Vaccination in Bombay 1874-1876 - 1874-1876
Year: 1874
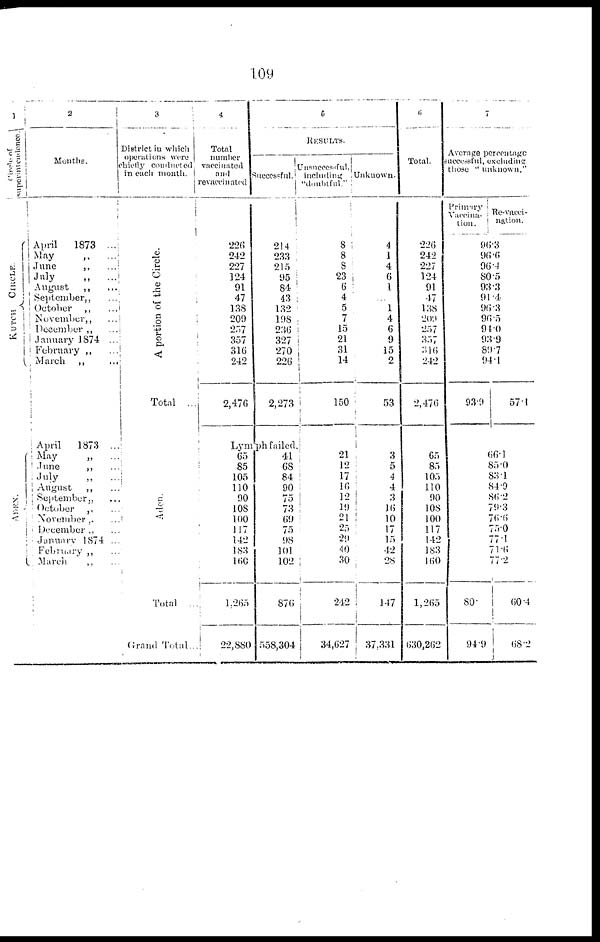
109
1
Circle
of
superintendence
KUTCH
CIRCLE.
ADEN.
2
Months.
April
1873 ...
May
„
...
June
„ ...
July
„ ...
August
„ ...
September „ ...
October
„ ...
November „ ...
December „ ...
January 1874 ...
February „ ...
March
„ ...
April
1873 ..
May
„
...
June
„ ...
July „ ...
August
„ ...
September „ ...
October
„ ...
November „ ...
December „ ...
Junuary 1874 ...
February „ ...
March
„ ...
3
District in which
operations were
chiefly
Conducted
in each month.
A portion of the Circle.
Total ...
Aden.
Total ...
Grand Total...
4
Total
number
vaccinated
and
revaccinated
226
242
227
124
91
47
138
209
257
357
316
242
2,476
5
RESULTS.
Successful.
214
233
215
95
84
43
132
198
236
327
270
226
2,273
Lymph failed.
65
85
105
110
90
108
100
117
142
183
160
l,265
22,880
41
68
84
90
75
73
69
75
98
101
102
876
558,304
Unsuccessful,
including
"doubtful."
8
8
8
23
6
4
5
7
15
21
31
14
150
21
12
17
16
12
19
21
25
29
40
30
242
34,627
Unknown.
4
1
4
6
1
...
1
4
6
9
15
2
53
i
3
5
4
4
3
16
10
17
15
42
28
147
37,331
6
Total.
226
242
227
124
91
47
138
209
257
357
316
242
2,476
65
85
105
110
90
108
100
117
142
183
160
1,265
630,262
7
Average percentage
successful, excluding
those " unknown."
Primary
Vaccina-
tion.
Re-vacci-
nation.
96
.3
96.6
96.4
80.5
93.3
91.4
96.3
96.5
94.0
93.9
89.7
94.1
93.9
57.1
66.1
85.0
83.1
84.9
86.2
79.3
76.6
75.0
77.1
71.6
77.2
80.
94.9
60.4
68.2